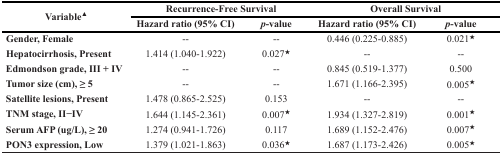
| <ROWSPAN=2> Variable▲ | <COLSPAN=2> Recurrence-Free Survival | <COLSPAN=2> Overall Survival |
 | Hazard ratio (95% CI) | p-value | Hazard ratio (95% CI) | p-value |
 | --- | --- | --- | --- | --- |
 | Gender, Female | -- | -- | 0.446 (0.225-0.885) | 0.021★ |
 | Hepatocirrhosis, Present | 1.414 (1.040-1.922) | 0.027★ | -- | -- |
 | Edmondson grade, III + IV | -- | -- | 0.845 (0.519-1.377) | 0.500 |
 | Tumor size (cm), ≥ 5 | -- | -- | 1.671 (1.166-2.395) | 0.005★ |
 | Satellite lesions, Present | 1.478 (0.865-2.525) | 0.153 | -- | -- |
 | TNM stage, II−IV | 1.644 (1.145-2.361) | 0.007★ | 1.934 (1.327-2.819) | 0.001★ |
 | Serum AFP (ug/L), ≥ 20 | 1.274 (0.941-1.726) | 0.117 | 1.689 (1.152-2.476) | 0.007★ |
 | PON3 expression, Low | 1.379 (1.021-1.863) | 0.036★ | 1.687 (1.173-2.426) | 0.005★ |